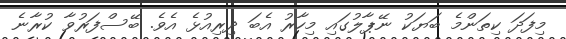
މިފަދަ ކިތަންމެ ބަޔަކު ނޭޕާލުގައި މިހާރު އެބަ ދިރިއުޅެ އެވެ. ބޭސްފަރުވާ ކުރާނެ